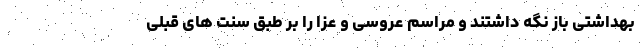
بهداشتی باز نگه داشتند و مراسم عروسی و عزا را بر طبق سنت های قبلی